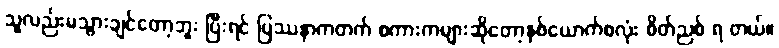
သူလည်းမသွားချင်တော့ဘူး ပြီးရင် ပြဿနာကတက် စကားကများဆိုတော့နှစ်ယောက်စလုံး စိတ်ညစ် ရ တယ်။